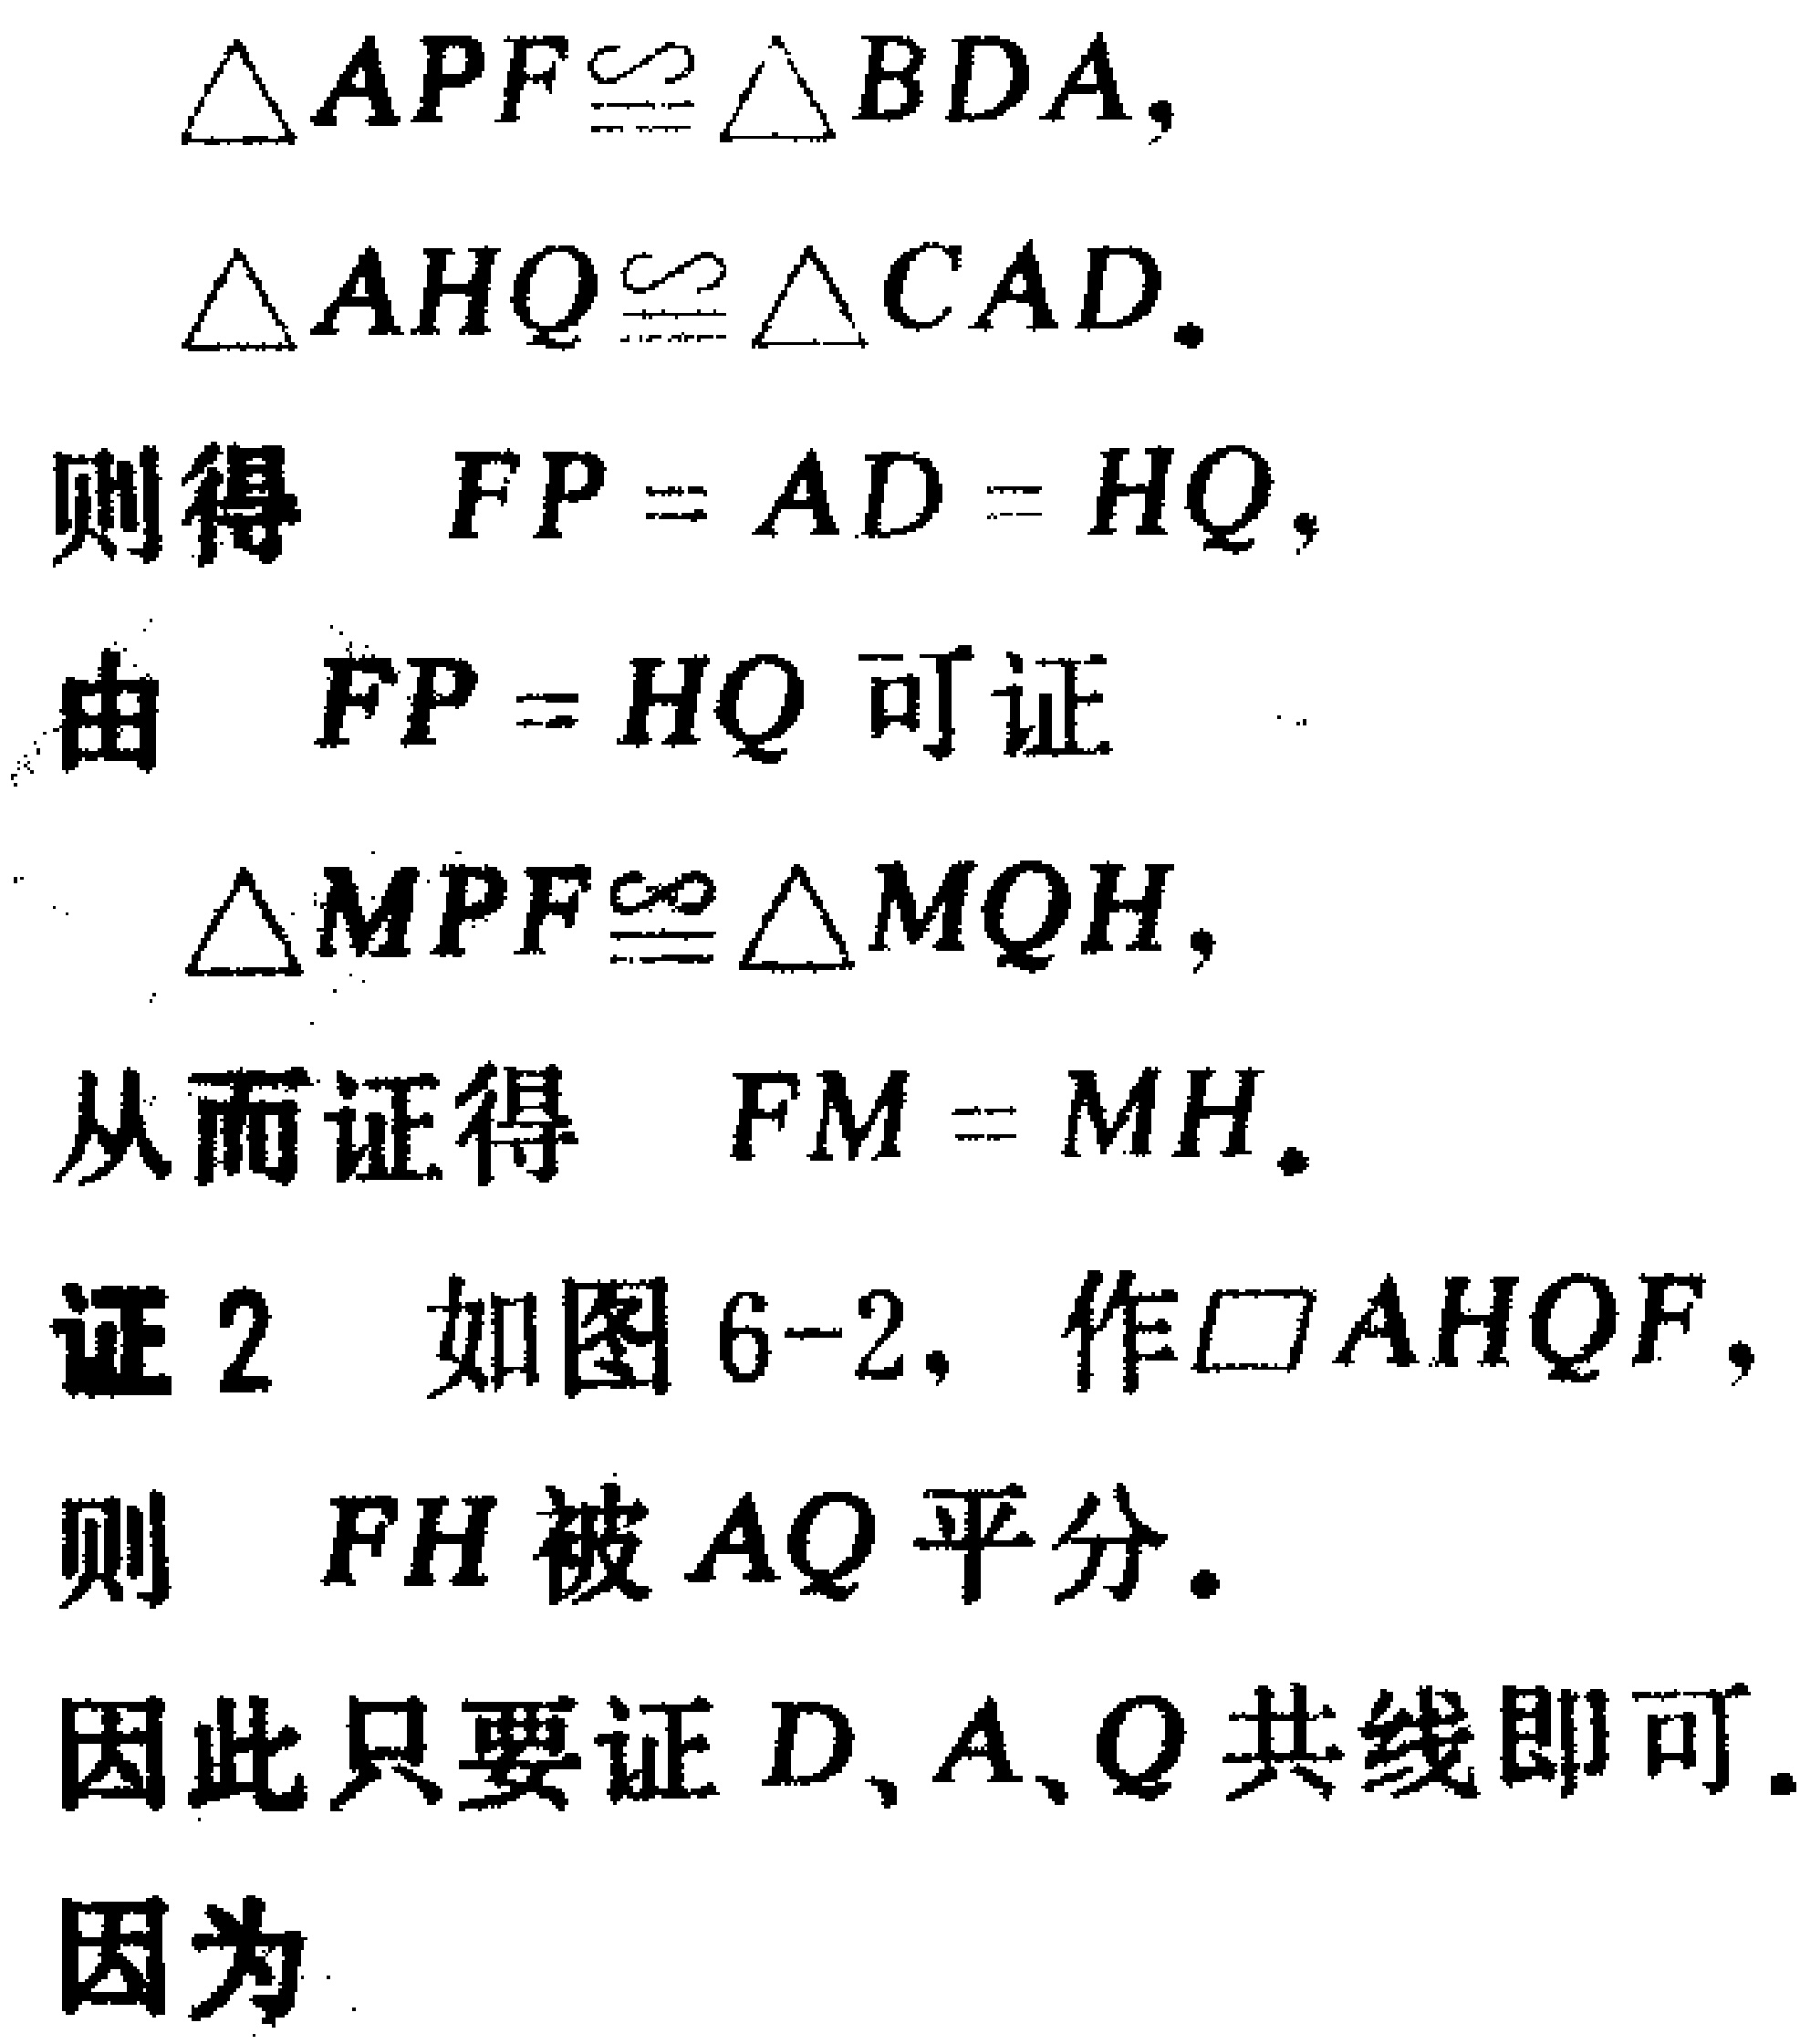
$\triangle APF\cong \triangle BDA,$
$\triangle AHQ\cong \triangle CAD.$
则得 $FP = AD = HQ,$
由 $FP = HQ$ 可证
$\triangle MPF\cong \triangle MQH,$
从而证得 $FM = MH.$
证 2 如图 6-2, 作$\square AHQF,$
则 $FH$ 被 $AQ$ 平分.
因此只要证 $D、A、Q$ 共线即可.
因为